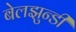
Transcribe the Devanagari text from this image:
बेलझुन्डी